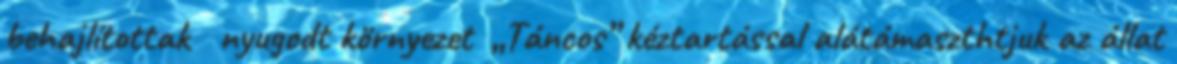
behajlítottak nyugodt környezet „Táncos” kéztartással alátámaszthtjuk az állat